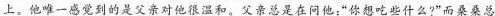
上。他唯一感觉到的是父亲对他很温和。父亲总是在问他：”你想吃些什么?”而桑桑总